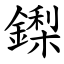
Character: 鏫